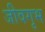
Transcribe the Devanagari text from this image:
जीवगृभ